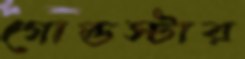
গোল্ডস্টার